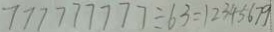
7 7 7 7 7 7 7 7 7 \div 6 3 = 1 2 3 4 5 6 7 9